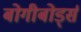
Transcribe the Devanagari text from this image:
बोगीबोर्ड्स